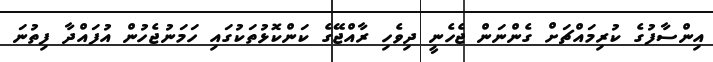
އިންސާފުގެ ކުރިމައްޗަށް ގެންނަން ޖެހެނީ ދިވެހި ރާއްޖޭގެ ކަންކޮޅުތަކުގައި ހަމަނުޖެހުން އުފައްދާ ފިތުނަ